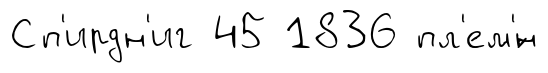
Сп'ирдн'иг 45 1836 пл'ем'́н